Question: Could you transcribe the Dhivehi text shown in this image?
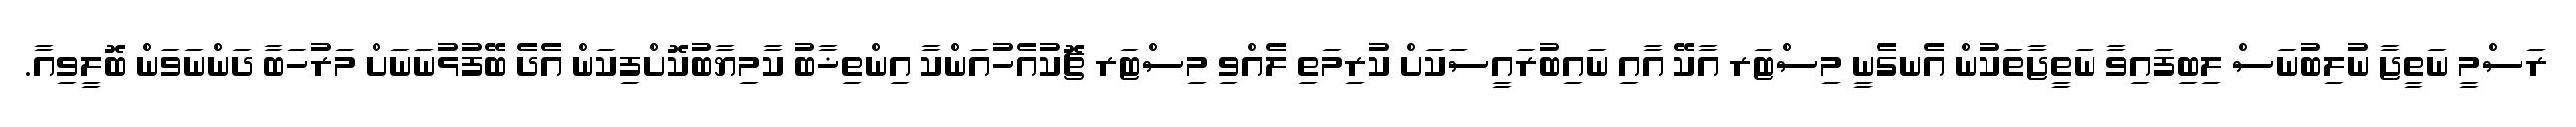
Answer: ރަސްމީ ނަތީޖާ ނުލިބުނަސް ލިބިފައިވާ ނަތީޖާތަކުން އެނގެނީ މިސްޓަރ އާކޭ އާއި ނައިބުރައީސަކަށް ކުރިމަތި ލެއްވި މިސްޓަރ ޗޮކުއެހުއަންކާ އިންތިޚާބު ކާމިޔާބުކޮށްފިކަން އެދެ ބޭފުޅުނަނަށް މަރުހަބާ ދަންނަވަން ބޮލީވިއާ.